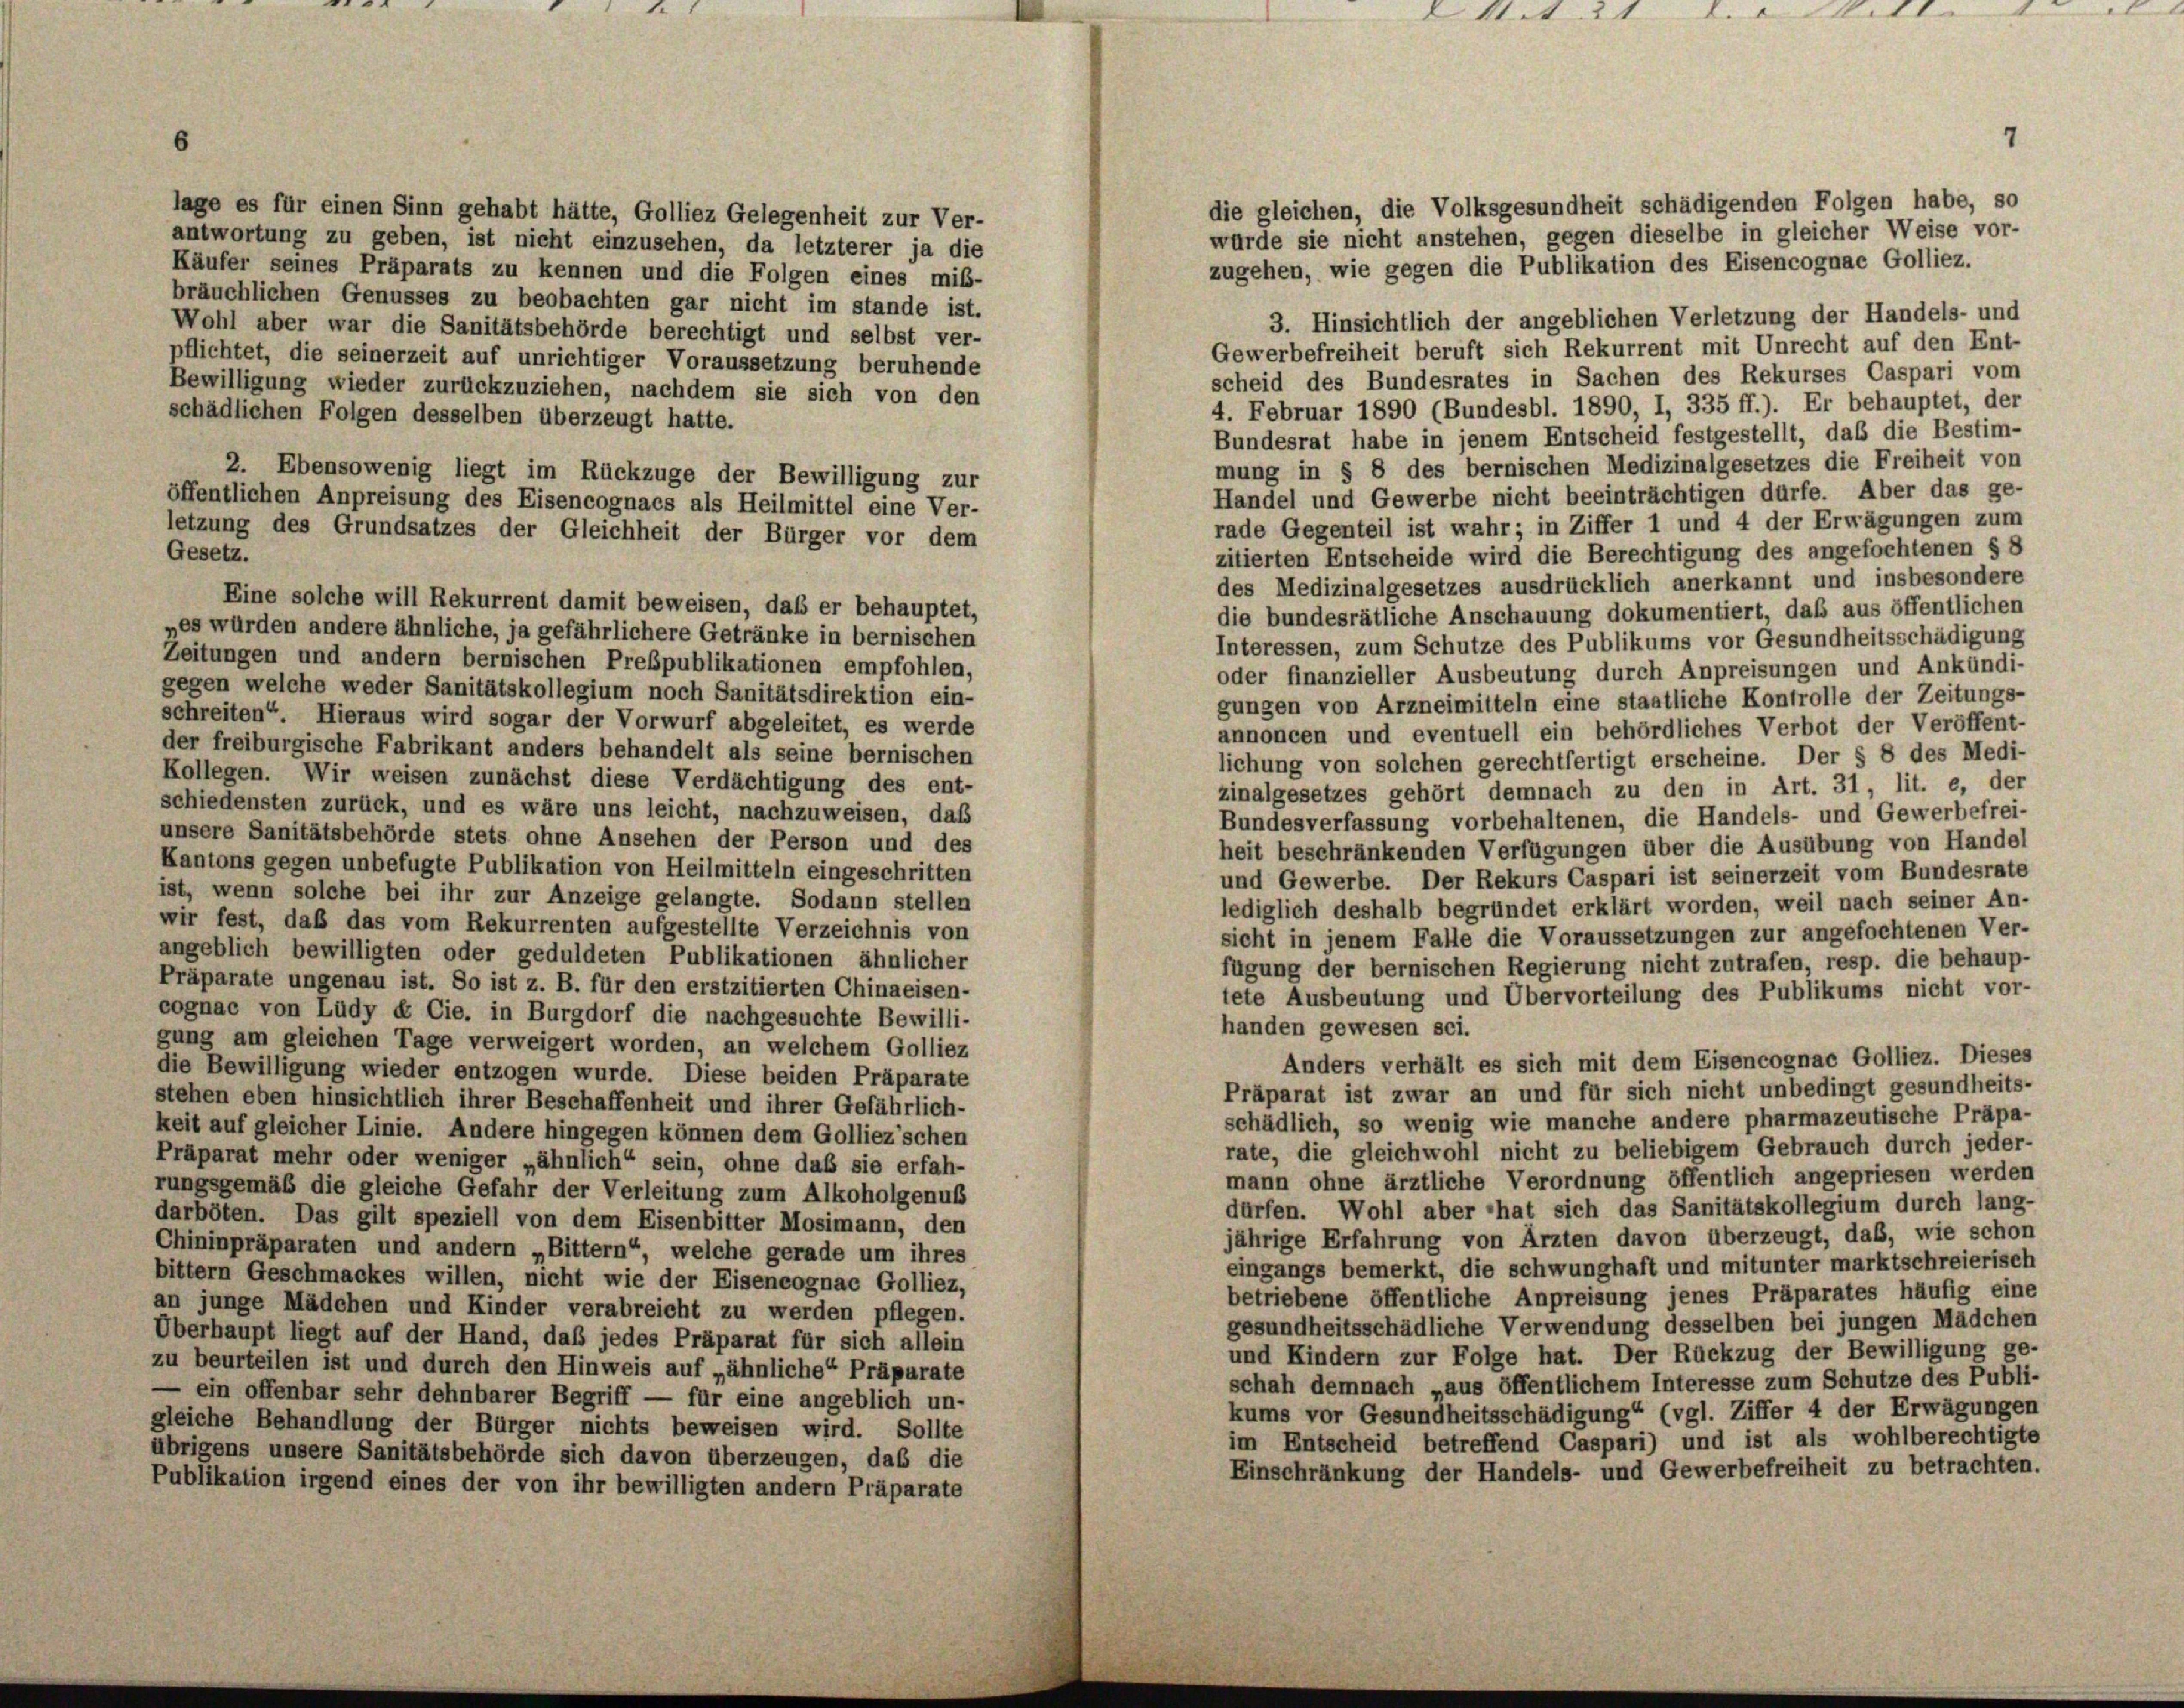
3. Hinsichtlich der angeblichen Verletzung der Handels- und
Wohl aber war die Sanitätsbehörde berechtigt und selbst ver-
Gewerbefreiheit beruft sich Rekurrent mit Unrecht auf den Ent-
pflichtet, die seinerzeit auf unrichtiger Voraussetzung beruhende
scheid des Bundesrates in Sachen des Rekurses Caspari vom
Bewilligung wieder zurückzuziehen, nachdem sie sich von den
4. Februar 1890 (Bundesbl. 1890, I, 335 ff.). Er behauptet, der
schädlichen Folgen desselben überzeugt hatte.
Bundesrat habe in jenem Entscheid festgestellt, daß die Bestim-
2. Ebensowenig liegt im Rückzuge der Bewilligung zur
Handel und Gewerbe nicht beeinträchtigen dürfe. Aber das ge-
öffentlichen Anpreisung des Eisencognacs als Heilmittel eine Ver-
rade Gegenteil ist wahr; in Ziffer 1 und 4 der Erwägungen zum
letzung des Grundsatzes der Gleichheit der Bürger vor dem
Gesetz.
zitierten Entscheide wird die Berechtigung des angefochtenen § 8
des Medizinalgesetzes ausdrücklich anerkannt und insbesondere
Eine solche will Rekurrent damit beweisen, daß er behauptet,
die bundesrätliche Anschauung dokumentiert, daß aus öffentlichen
„es würden andere ähnliche, ja gefährlichere Getränke in bernischen
Interessen, zum Schutze des Publikums vor Gesundheitsschädigung
Zeitungen und andern bernischen Preßpublikationen empfohlen,
oder finanzieller Ausbeutung durch Anpreisungen und Ankündi-
gegen welche weder Sanitätskollegium noch Sanitätsdirektion ein-
gungen von Arzneimitteln eine staatliche Kontrolle der Zeitungs-
schreiten“. Hieraus wird sogar der Vorwurf abgeleitet, es werde
annoncen und eventuell ein behördliches Verbot der Veröffent-
der freiburgische Fabrikant anders behandelt als seine bernischen
lichung von solchen gerechtfertigt erscheine. Der § 8 des Medi-
Kollegen. Wir weisen zunächst diese Verdächtigung des ent-
zinalgesetzes gehört demnach zu den in Art. 31, lit. e, der
schiedensten zurück, und es wäre uns leicht, nachzuweisen, daß
Bundesverfassung vorbehaltenen, die Handels- und Gewerbefrei-
unsere Sanitätsbehörde stets ohne Ansehen der Person und des
heit beschränkenden Verfügungen über die Ausübung von Handel
Kantons gegen unbefugte Publikation von Heilmitteln eingeschritten
und Gewerbe. Der Rekurs Caspari ist seinerzeit vom Bundesrate
ist, wenn solche bei ihr zur Anzeige gelangte. Sodann stellen
lediglich deshalb begründet erklärt worden, weil nach seiner An-
wir fest, daß das vom Rekurrenten aufgestellte Verzeichnis von
sicht in jenem Falle die Voraussetzungen zur angefochtenen Ver-
angeblich bewilligten oder geduldeten Publikationen ähnlicher
fügung der bernischen Regierung nicht zutrafen, resp. die behaup-
Präparate ungenau ist. So ist z. B. für den erstzitierten Chinaeisen-
tete Ausbeutung und Übervorteilung des Publikums nicht vor-
cognac von Lüdy & Cie. in Burgdorf die nachgesuchte Bewilli-
handen gewesen sei.
gung am gleichen Tage verweigert worden, an welchem Golliez
Anders verhält es sich mit dem Eisencognac Golliez. Dieses
die Bewilligung wieder entzogen wurde. Diese beiden Präparate
Präparat ist zwar an und für sich nicht unbedingt gesundheits-
stehen eben hinsichtlich ihrer Beschaffenheit und ihrer Gefährlich-
schädlich, so wenig wie manche andere pharmazeutische Präpa-
keit auf gleicher Linie. Andere hingegen können dem Golliez’schen
rate, die gleichwohl nicht zu beliebigem Gebrauch durch jeder-
Präparat mehr oder weniger „ähnlich“ sein, ohne daß sie erfah-
mann ohne ärztliche Verordnung öffentlich angepriesen werden
rungsgemäß die gleiche Gefahr der Verleitung zum Alkoholgenuß
dürfen. Wohl aber hat sich das Sanitätskollegium durch lang-
darböten. Das gilt speziell von dem Eisenbitter Mosimann, den
jährige Erfahrung von Ärzten davon überzeugt, daß, wie schon
Chininpräparaten und andern „Bittern“, welche gerade um ihres
eingangs bemerkt, die schwunghaft und mitunter marktschreierisch
bittern Geschmackes willen, nicht wie der Eiseneognac Golliez,
betriebene öffentliche Anpreisung jenes Präparates häufig eine
an junge Mädchen und Kinder verabreicht zu werden pflegen.
gesundheitsschädliche Verwendung desselben bei jungen Mädchen
Überhaupt liegt auf der Hand, daß jedes Präparat für sich allein
und Kindern zur Folge hat. Der Rückzug der Bewilligung ge-
zu beurteilen ist und durch den Hinweis auf „ähnliche Präparate
schah demnach „aus öffentlichem Interesse zum Schutze des Publi-
ein offenbar sehr dehnbarer Begriff — für eine angeblich un-
kums vor Gesundheitsschädigung“ (vgl. Ziffer 4 der Erwägungen
gleiche Behandlung der Bürger nichts beweisen wird. Sollte
im Entscheid betreffend Caspari) und ist als wohlberechtigte
übrigens unsere Sanitätsbehörde sich davon überzeugen, das die
Einschränkung der Handels- und Gewerbefreiheit zu betrachten.
Publikation irgend eines der von ihr bewilligten andern Präparate

lage es für einen Sinn gehabt hätte, Golliez Gelegenheit zur Ver-
antwortung zu geben, ist nicht einzusehen, da letzterer ja die
Käufer seines Präparats zu kennen und die Folgen eines miß-
bräuchlichen Genusses zu beobachten gar nicht im stande ist.

1

die gleichen, die Volksgesundheit schädigenden Folgen habe, so

wurde sie nicht anstehen, gegen dieselbe in gleicher Weise vor-
zugehen, wie gegen die Publikation des Eisencognae Golliez.

mung in § 8 des bernischen Medizinalgesetzes die Freiheit von